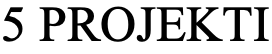
5 PROJEKTI